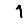
Digit: 1